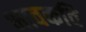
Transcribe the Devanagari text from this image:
भावकवि